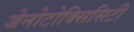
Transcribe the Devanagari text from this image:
जेनोटोक्सिसिटी